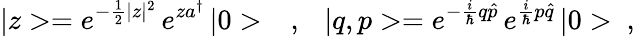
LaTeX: |z>=e^{-\frac{1}{2}|z|^{2}}\, e^{za^{\dagger}}\, |0>\ \ \ ,\ \ \ |q,p>=e^{-\frac{i}{\hbar}q\hat{p}}\, e^{\frac{i}{\hbar}p\hat{q}}\, |0>\ ,